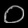
Digit: ၀